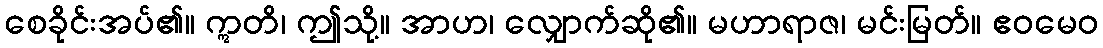
စေခိုင်းအပ်၏။ ဣတိ၊ ဤသို့။ အာဟ၊ လျှောက်ဆို၏။ မဟာရာဇ၊ မင်းမြတ်။ ဧဝမေဝ